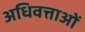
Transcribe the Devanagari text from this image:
अधिवत्ताओं